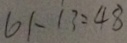
6 1 \cdot 1 3 : 4 8